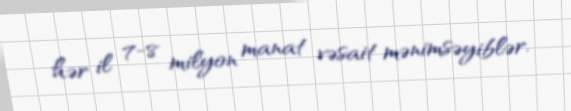
hər il 7-8 milyon manat vəsait mənimsəyiblər.